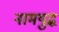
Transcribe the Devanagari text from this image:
नामयुद्ध